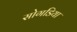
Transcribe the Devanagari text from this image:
सोगडिया